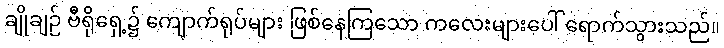
ချိုချဉ် ဗီရိုရှေ့၌ ကျောက်ရုပ်များ ဖြစ်နေကြသော ကလေးများပေါ် ရောက်သွားသည်။